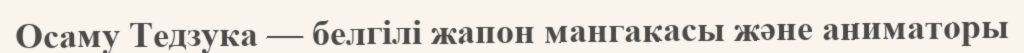
Осаму Тедзука — белгілі жапон мангакасы және аниматоры